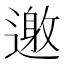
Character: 𨖟